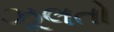
ઝૂલતો